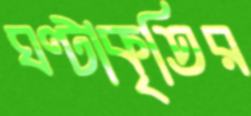
ঘণ্টাকৃতির